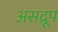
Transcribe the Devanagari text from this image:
असद्रूप